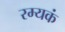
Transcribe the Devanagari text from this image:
रम्यकं